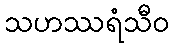
သဟဿရံသီဝ